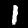
Digit: 1